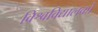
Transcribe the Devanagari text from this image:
विश्वविद्यालकों